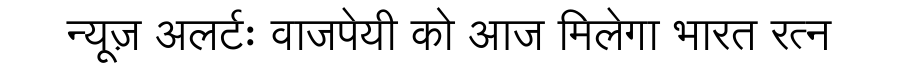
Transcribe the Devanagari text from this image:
न्यूज़ अलर्टः वाजपेयी को आज मिलेगा भारत रत्न